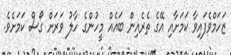
ޒަހަމްވެފައިވާ ކަމަށާއި އޭގެ ތެރެއިން ބައެއް މީހުންގެ ހާލު ވަރަށް ގޯސް ކަމަށެވެ.